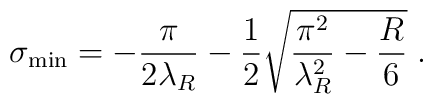
\sigma_{\rm min} = - \frac{\pi}{2 \lambda_R} - \frac{1}{2}\sqrt{\frac{\pi^2}{\lambda^2_R} - \frac{R}{6}}\;.